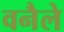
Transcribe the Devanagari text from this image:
वनैले